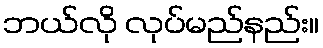
ဘယ်လို လုပ်မည်နည်း။